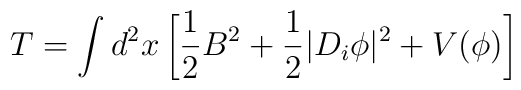
T=\int d^{2}x\left[ \frac{1}{2}B^{2}+\frac{1}{2}|D_{i}\phi |^{2}+V(\phi )\right]